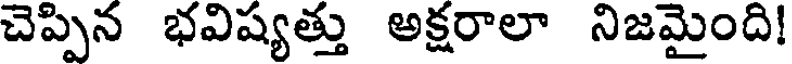
చెప్పిన భవిష్యత్తు అక్షరాలా నిజమైంది!